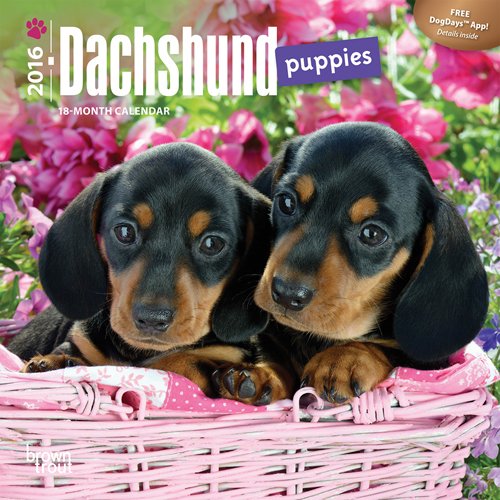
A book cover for Dachshund Puppies 2016 Mini 7x7 (Multilingual Edition); Browntrout Publishers; Calendars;